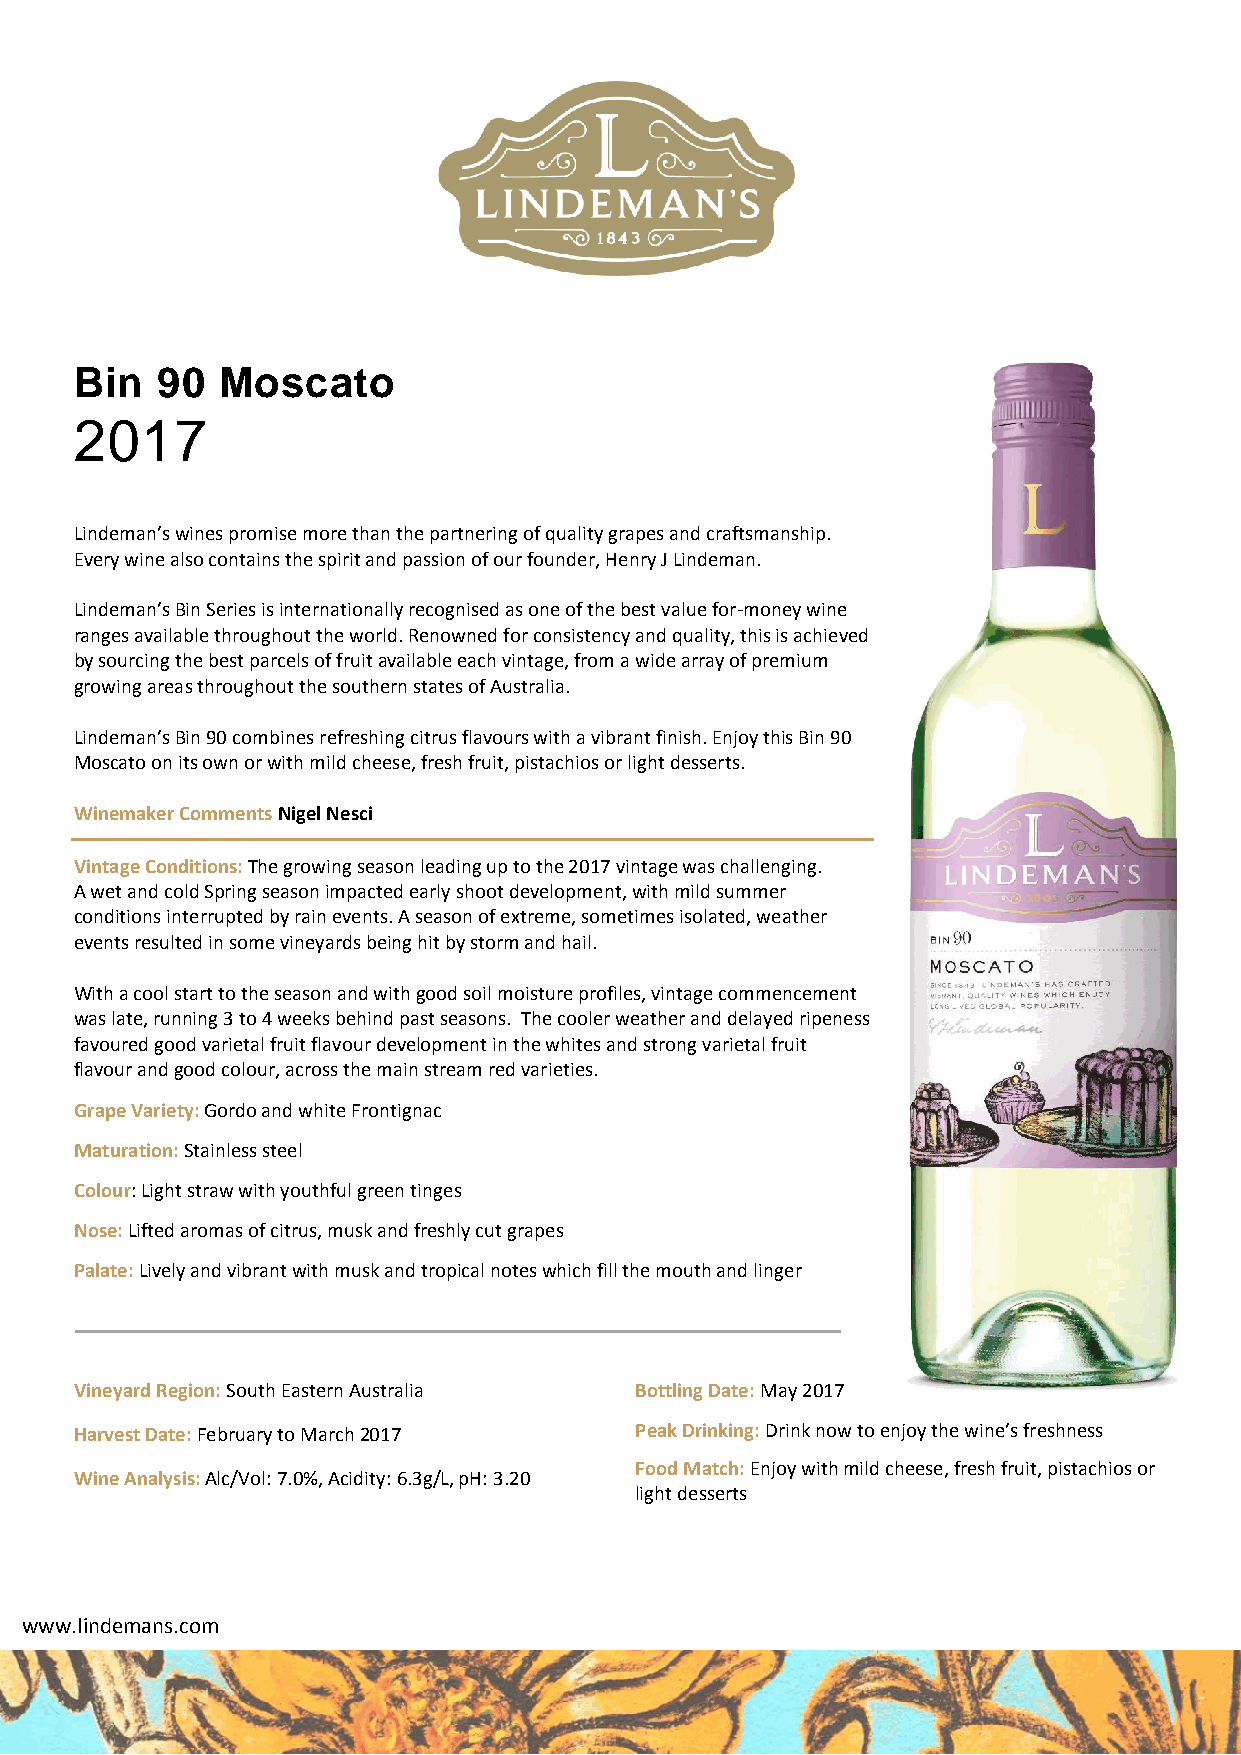
Bin  90  Moscato
 2017
 Lindeman’s wines promise more than the partnering of quality grapes and craftsmanship.
 Every wine also contains the spirit and passion of our founder, Henry J Lindeman.
 Lindeman’s Bin Series is internationally recognised as one of the best value for-money wine
 ranges available throughout the world. Renowned for consistency and quality, this is achieved
 by sourcing the best parcels of fruit available each vintage, from a wide array of premium
 growing areas throughout the southern states of Australia.
 Lindeman’s Bin 90 combines refreshing citrus flavours with a vibrant finish. Enjoy this Bin 90
 Moscato on its own or with mild cheese, fresh fruit, pistachios or light desserts.
 Winemaker Comments Nigel Nesci
 Vintage Conditions: The growing season leading up to the 2017 vintage was challenging.
 A wet and cold Spring season impacted early shoot development, with mild summer
 conditions interrupted by rain events. A season of extreme, sometimes isolated, weather
 events resulted in some vineyards being hit by storm and hail.
 With a cool start to the season and with good soil moisture profiles, vintage commencement
 was late, running 3 to 4 weeks behind past seasons. The cooler weather and delayed ripeness
 favoured good varietal fruit flavour development in the whites and strong varietal fruit
 flavour and good colour, across the main stream red varieties.
 Grape Variety: Gordo and white Frontignac
 Maturation: Stainless steel
 Colour: Light straw with youthful green tinges
 Nose: Lifted aromas of citrus, musk and freshly cut grapes
 Palate: Lively and vibrant with musk and tropical notes which fill the mouth and linger
 Vineyard Region: South Eastern Australia Bottling Date: May 2017
 Harvest Date: February to March 2017 Peak Drinking: Drink now to enjoy the wine’s freshness
 Food Match: Enjoy with mild cheese, fresh fruit, pistachios or
 Wine Analysis: Alc/Vol: 7.0%, Acidity: 6.3g/L, pH: 3.20
 light desserts
 www.lindemans.com